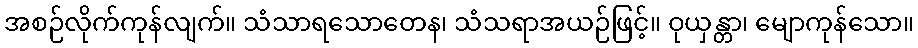
အစဉ်လိုက်ကုန်လျက်။ သံသာရသောတေန၊ သံသရာအယဉ်ဖြင့်။ ဝုယှန္တာ၊ မျောကုန်သော။